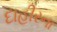
દાહીરના